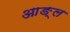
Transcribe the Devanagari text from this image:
आङ्ल